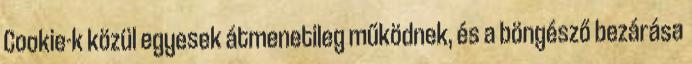
Cookie-k közül egyesek átmenetileg működnek, és a böngésző bezárása